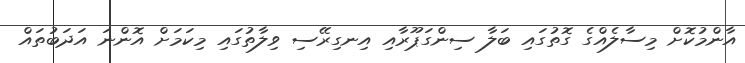
އާންމުކޮށް މިސާލެއްގެ ގޮތުގައި ބަލާ ސިންގަޕޫރާއި އިނގިރޭސި ވިލާތުގައި މިކަމަށް އޮންނަ އަދަބުތައް